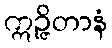
ဣဉ္ဇိတာနံ